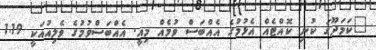
"ކަމަދޫގަ ކުނި ކޮއްޓެއް އެޅުމުގެ އެއްބަސް ވުމެއް މިއީ. އެއްބަސްވުމުގެ ވެލިއުއަކީ 1.19